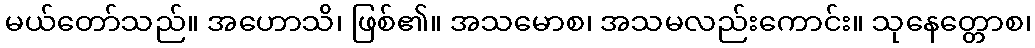
မယ်တော်သည်။ အဟောသိ၊ ဖြစ်၏။ အသမောစ၊ အသမလည်းကောင်း။ သုနေတ္တောစ၊